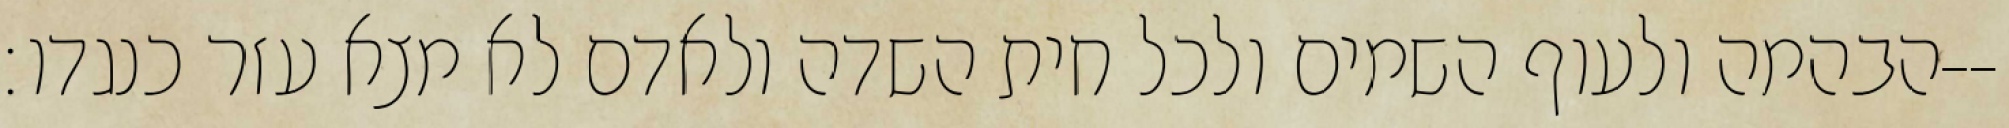
הבהמה ולעוף השמים ולכל חית השדה ולאדם לא מצא עזר כנגדו׃--